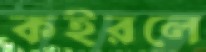
কইরলে